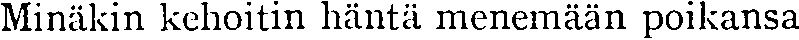
Minäkin kehoitin häntä menemään poikansa